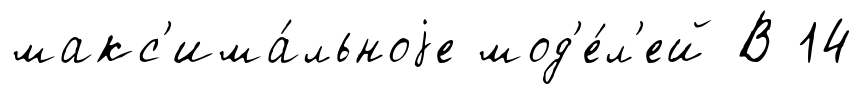
макс'има́льноjе мод'е́л'ей В 14